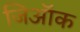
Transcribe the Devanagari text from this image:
जिऑक